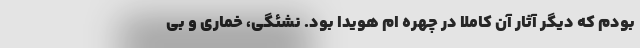
بودم که دیگر آثار آن کاملا در چهره ام هویدا بود. نشئگی، خماری و بی